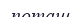
поташ